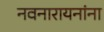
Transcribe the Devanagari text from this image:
नवनारायनांना